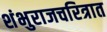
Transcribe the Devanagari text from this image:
शंभुराजचरित्रात